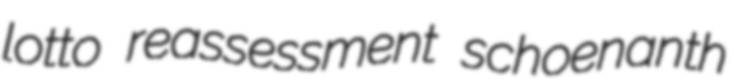
lotto reassessment schoenanth